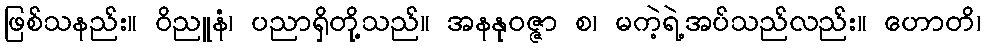
ဖြစ်သနည်း။ ဝိညူနံ၊ ပညာရှိတို့သည်။ အနနုဝဇ္ဇာ စ၊ မကဲ့ရဲ့အပ်သည်လည်း။ ဟောတိ၊